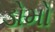
ડોમો